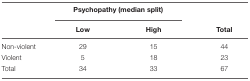
<table><thead><tr><td></td><td colspan="2"><b>Psychopathy (median split)</b></td><td></td></tr><tr><td></td><td><b>Low</b></td><td><b>High</b></td><td><b>Total</b></td></tr></thead><tbody><tr><td>Non-violent</td><td>29</td><td>15</td><td>44</td></tr><tr><td>Violent</td><td>5</td><td>18</td><td>23</td></tr><tr><td>Total</td><td>34</td><td>33</td><td>67</td></tr></tbody></table>